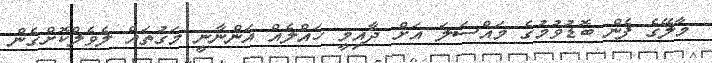
މާލޭގެ ފެން ބޮޑުވުމުގެ މައްސަލަ އަށް ދާއިމީ ހައްލެއް އަންނާނީ މަގުތައް ލެވެލްކޮށްގެން